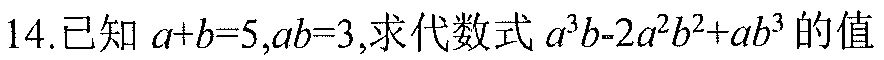
14.已知\(a + b = 5\)，\(ab = 3\)，求代数式\(a^{3}b - 2a^{2}b^{2}+ab^{3}\)的值